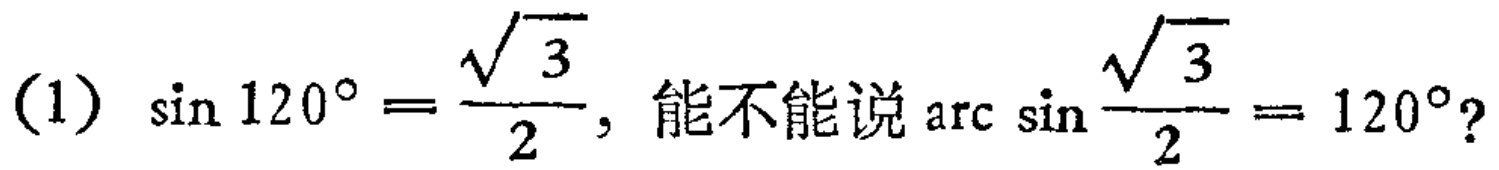
(1) $\sin 120^{\circ}=\frac{\sqrt{3}}{2}$, 能不能说 $\arcsin\frac{\sqrt{3}}{2}=120^{\circ}$?